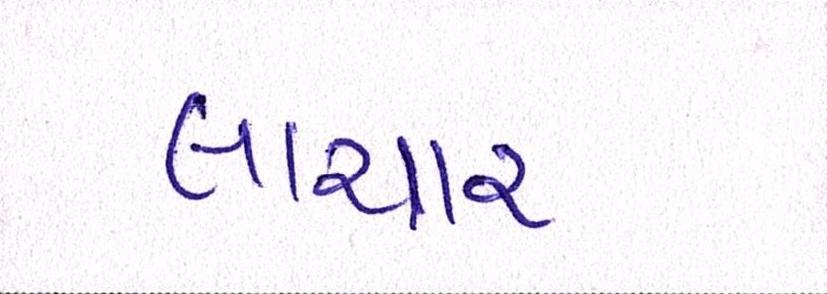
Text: લાચાર